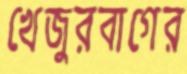
খেজুরবাগের